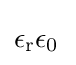
\epsilon _{\text{r}}\epsilon _{0}\;\!